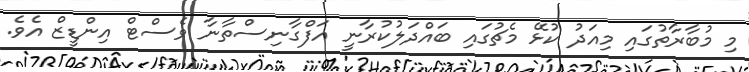
މި މުބާރާތުގައި މިއަދު ކުޅޭ މެޗުގައި ބައްދަލުކުރާނީ އަފްގާނިސްތާނާ ވެސްޓް އިންޑީޒް އެވެ.